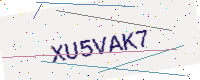
Text: XU5VAK7